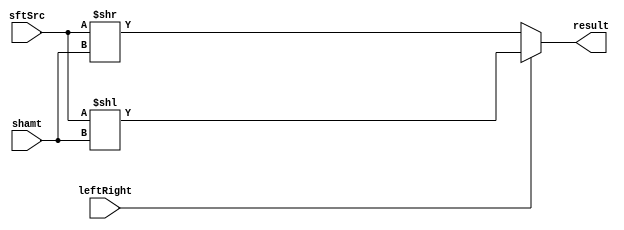
module Shifter( result, leftRight, shamt, sftSrc );

//I/O ports 
output	[32-1:0] result;

input	leftRight;
input	[5-1:0] shamt;
input	[32-1:0] sftSrc;

//Internal Signals
wire	[32-1:0] result;
  
//Main function
/*your code here*/
reg [32-1:0] res;
always @(*) begin
	if(leftRight == 1) res = (sftSrc << shamt); // shift left
	else res = (sftSrc >> shamt); // shift right
end

assign result = res;

endmodule